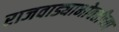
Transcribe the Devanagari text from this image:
राजवाड्याभोवतीच्या